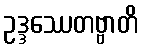
ဥဒ္ဒဿေတဗ္ဗာတိ